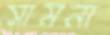
সামনা